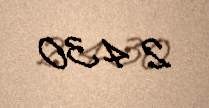
2 430